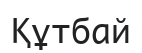
Құтбай